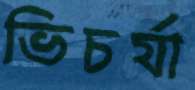
ভিচর্যা